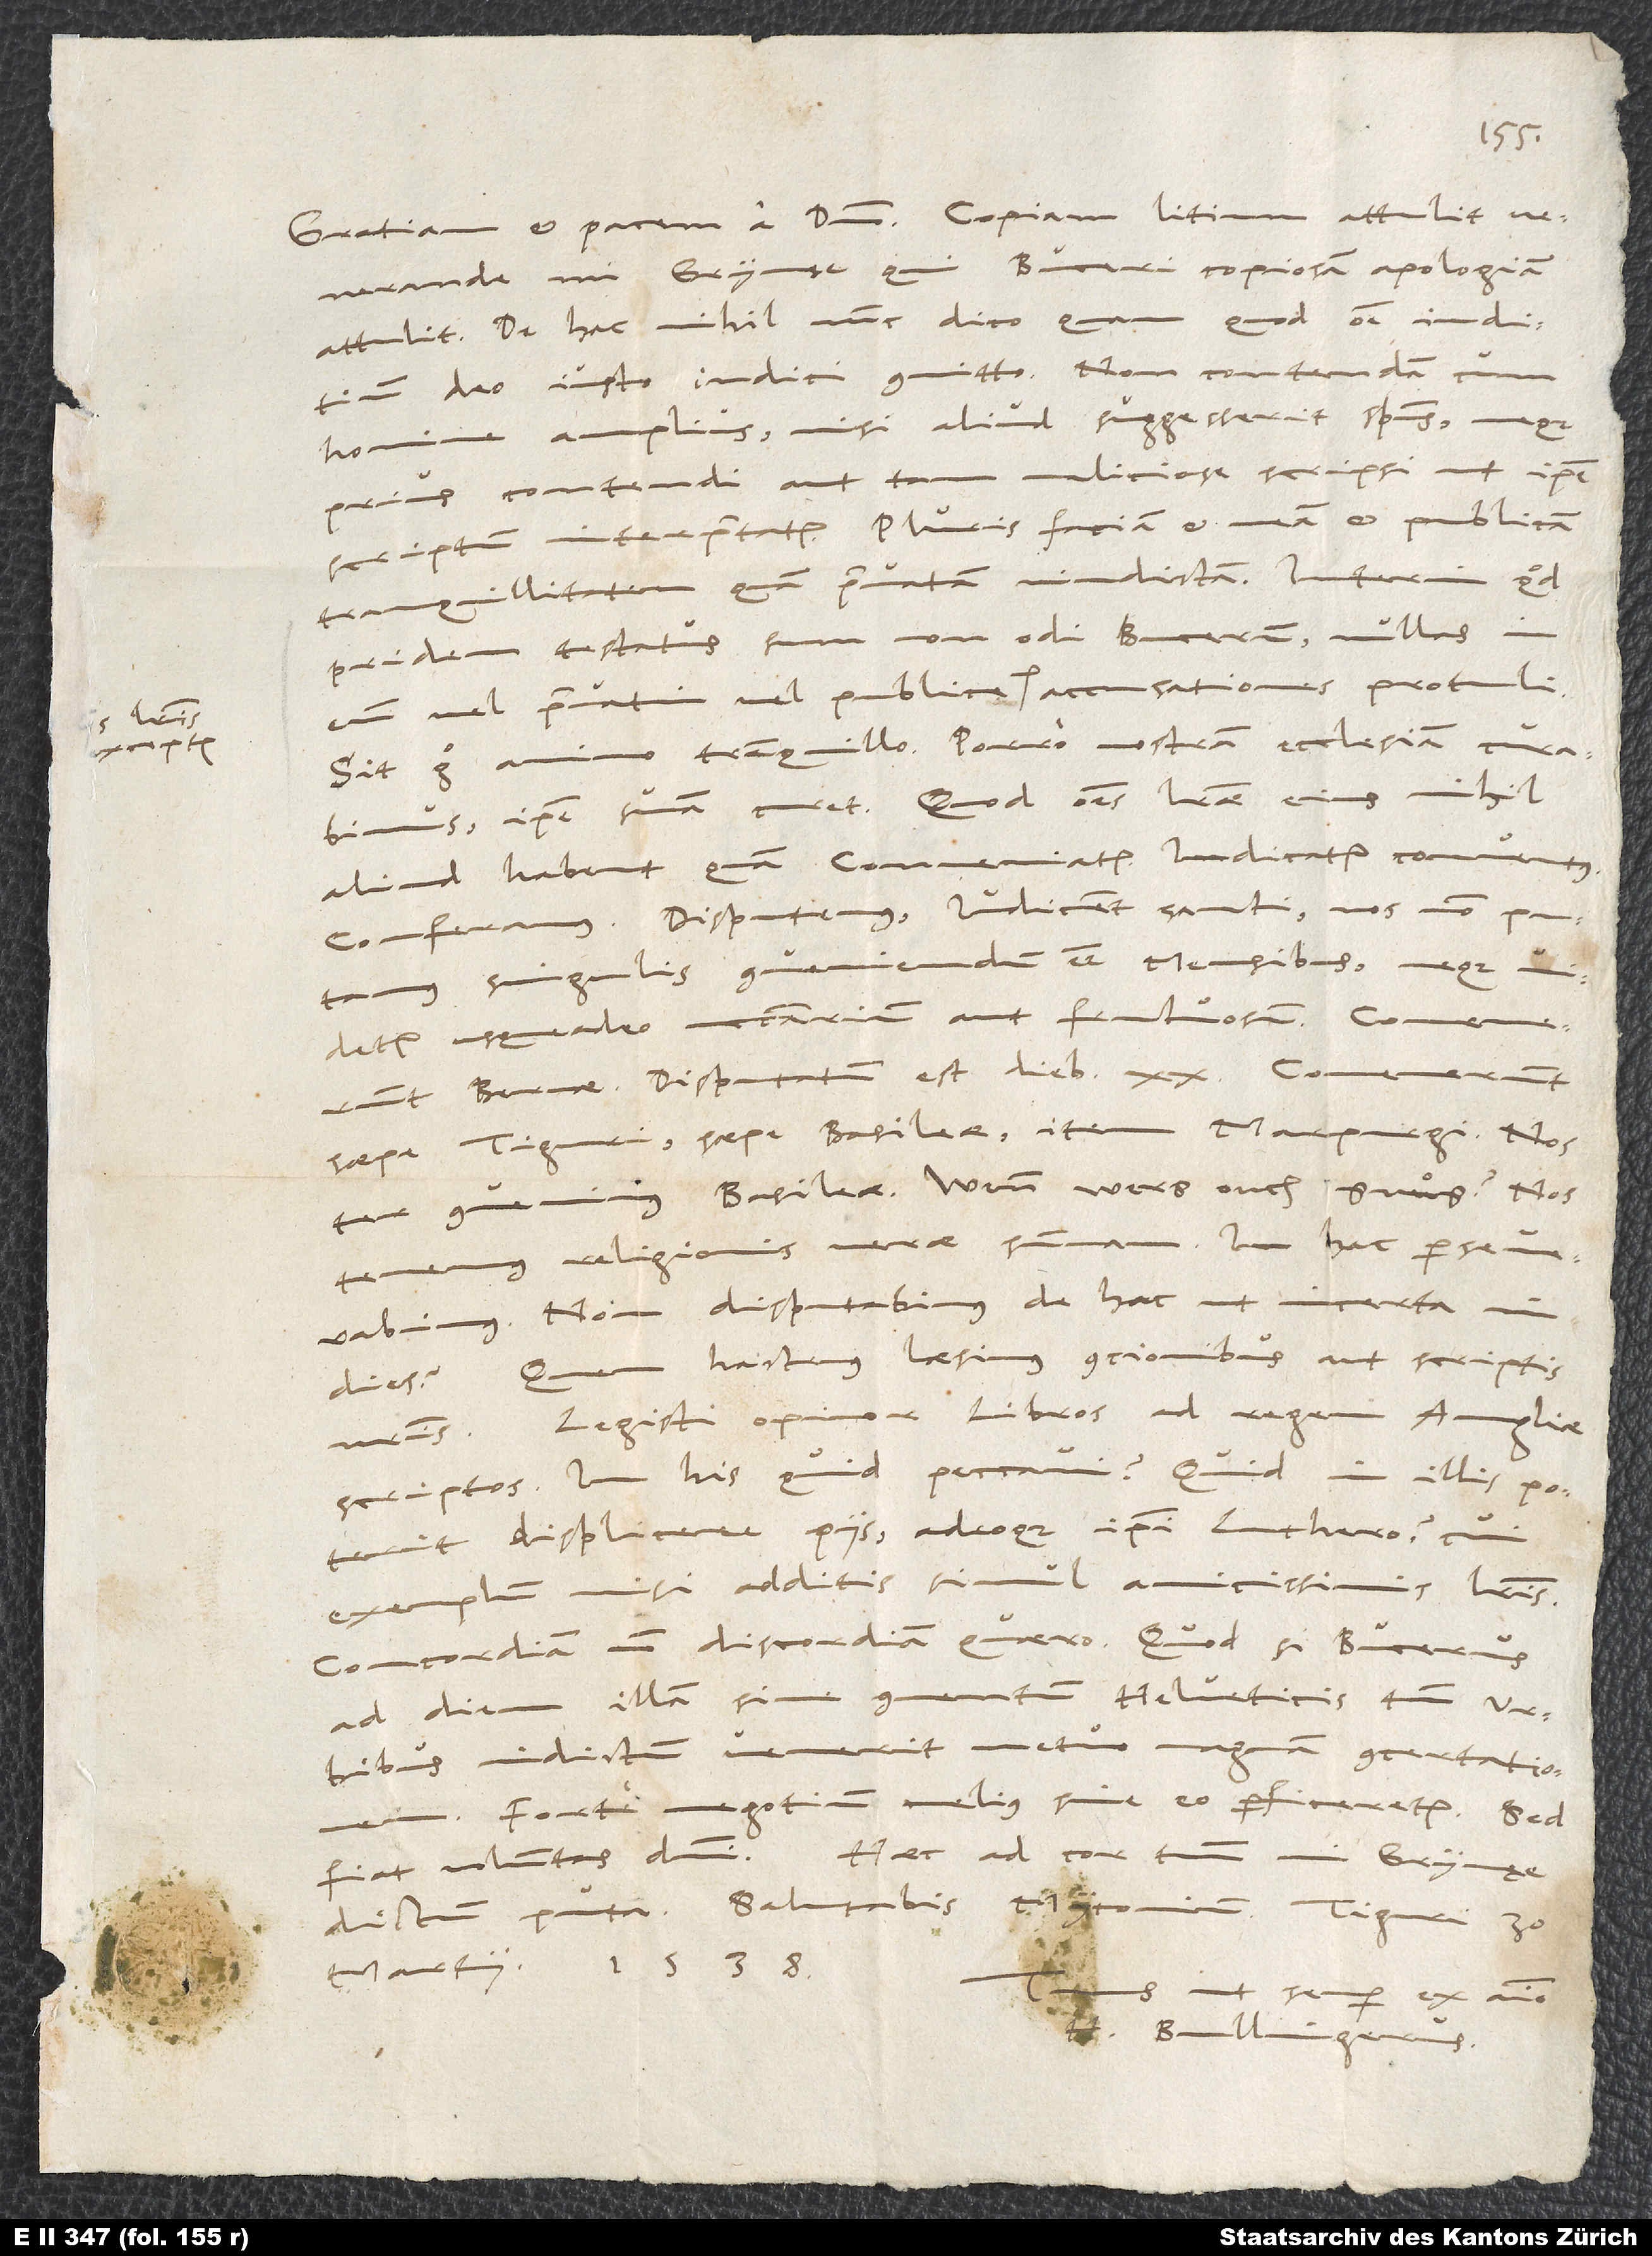
iis literis
exceptis

venerande mi Grynęe, qui Buceri copiosam apologiam
attulit. De hac nihil nunc dico, quam quod omne iuditium
deo iusto iudici committo. Non contendam cum
amplius, nisi aliud suggesserit spiritus, neque
homine
prius contendi aut tam maliciose scripsi, ut ipse
scriptum interpretatur. Pluris faciam et meam et publicam
tranquillitatem quam privatam vindictam. Interim, quod
pridem testatus sum, non odi Bucerum, nullas in
Sit ergo animo tranquillo. Porro nostram ecclesiam curabimus,
ipse suam curet. Quod omnes literae eius nihil
aliud habent quam „conveniatur, indicatur conventus,
conferamus, disputemus, iudicent sancti“, nos non putamus
singulis conveniendum mensibus neque
videtur usqueadeo necessarium aut fructuosum. Convenerunt
Bernae; disputatum est diebus 20. Convenerunt
saepe Tiguri, saepe Basileae, item Marpurgi. Nos
convenimus Basileae. Wenn wers ouch gnuͦg? Nos
tenemus religionis verae summam. In hac perseverabimus.
Non disputabimus de hac ut incerta in
dies. Quem hactenus laesimus concionibus aut scriptis
nostris? Legisti, opinor, libros ad regem Angliae
scriptas. In his quid peccavi? Quid in illis poterit
displicere piis adeoque ipsi Luthero, cui
exemplum misi additis simul amicissimis literis?
Concordiam, non discordiam quaero. Quod si Bucerus
ad diem illam sive conventum Helveticis tantum urbibus
indictum venerit, metuo magnam concertationem.
Forte negotium melius sine eo perficeretur. Sed
fiat voluntas domini. Haec ad cor tuum, mi Grynęe,
martii 1538.
ut semper ex animo
H. Bullingerus.